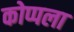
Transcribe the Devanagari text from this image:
कोप्पला